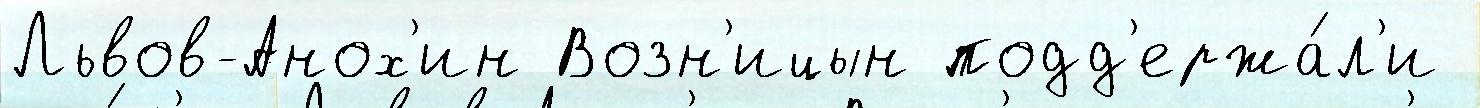
Львов-Анох'ин Возн'ицын подд'ержа́л'и